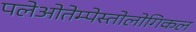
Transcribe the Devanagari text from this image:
पलेओतेम्पेस्तोलोगिकल